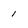
Character: 1